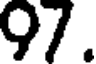
97.